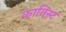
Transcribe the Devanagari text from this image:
कानिस्ट